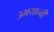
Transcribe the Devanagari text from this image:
उभयान्वी